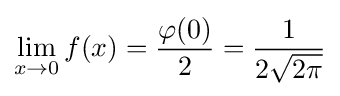
\lim _{x\to 0}f(x)={\frac {\varphi (0)}{2}}={\frac {1}{2{\sqrt {2\pi }}}}